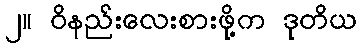
၂။ ဝိနည်းလေးစားဖို့က ဒုတိယ